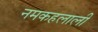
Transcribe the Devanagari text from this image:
नमकहलाली